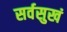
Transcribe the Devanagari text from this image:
सर्वसुखं